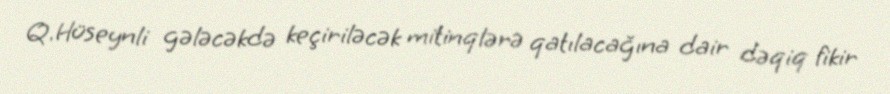
Q.Hüseynli gələcəkdə keçiriləcək mitinqlərə qatılacağına dair dəqiq fikir